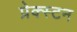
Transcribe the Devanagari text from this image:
प्रेक्स्टन